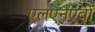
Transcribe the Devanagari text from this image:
एलएनएवी